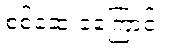
စစ်ဆေးခဲ့ကြောင်း